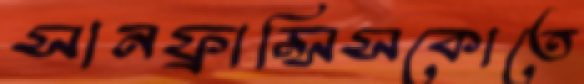
সানফ্রান্সিসকোতে